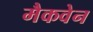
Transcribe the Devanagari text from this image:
मैकवेन